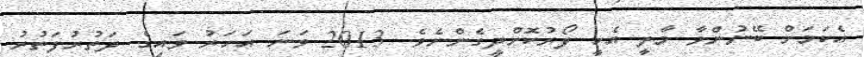
އެކަމަށް ބޭނުންވާ މާލީ އެހީ ފޯރުކޮށްދީގެންނެވެ. 2013 ވަނަ އަހަރު ވައިގެ ދަތުރުފަތުރު